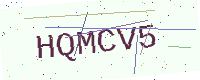
Text: HQMCV5